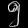
Digit: ၅